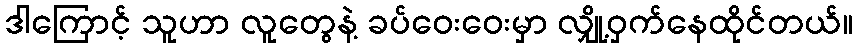
ဒါကြောင့် သူဟာ လူတွေနဲ့ ခပ်ဝေးဝေးမှာ လျှို့ဝှက်နေထိုင်တယ်။